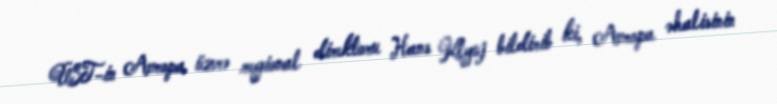
ÜST-in Avropa üzrə regional direktoru Hans Klyuj bildirib ki, Avropa əhalisinin